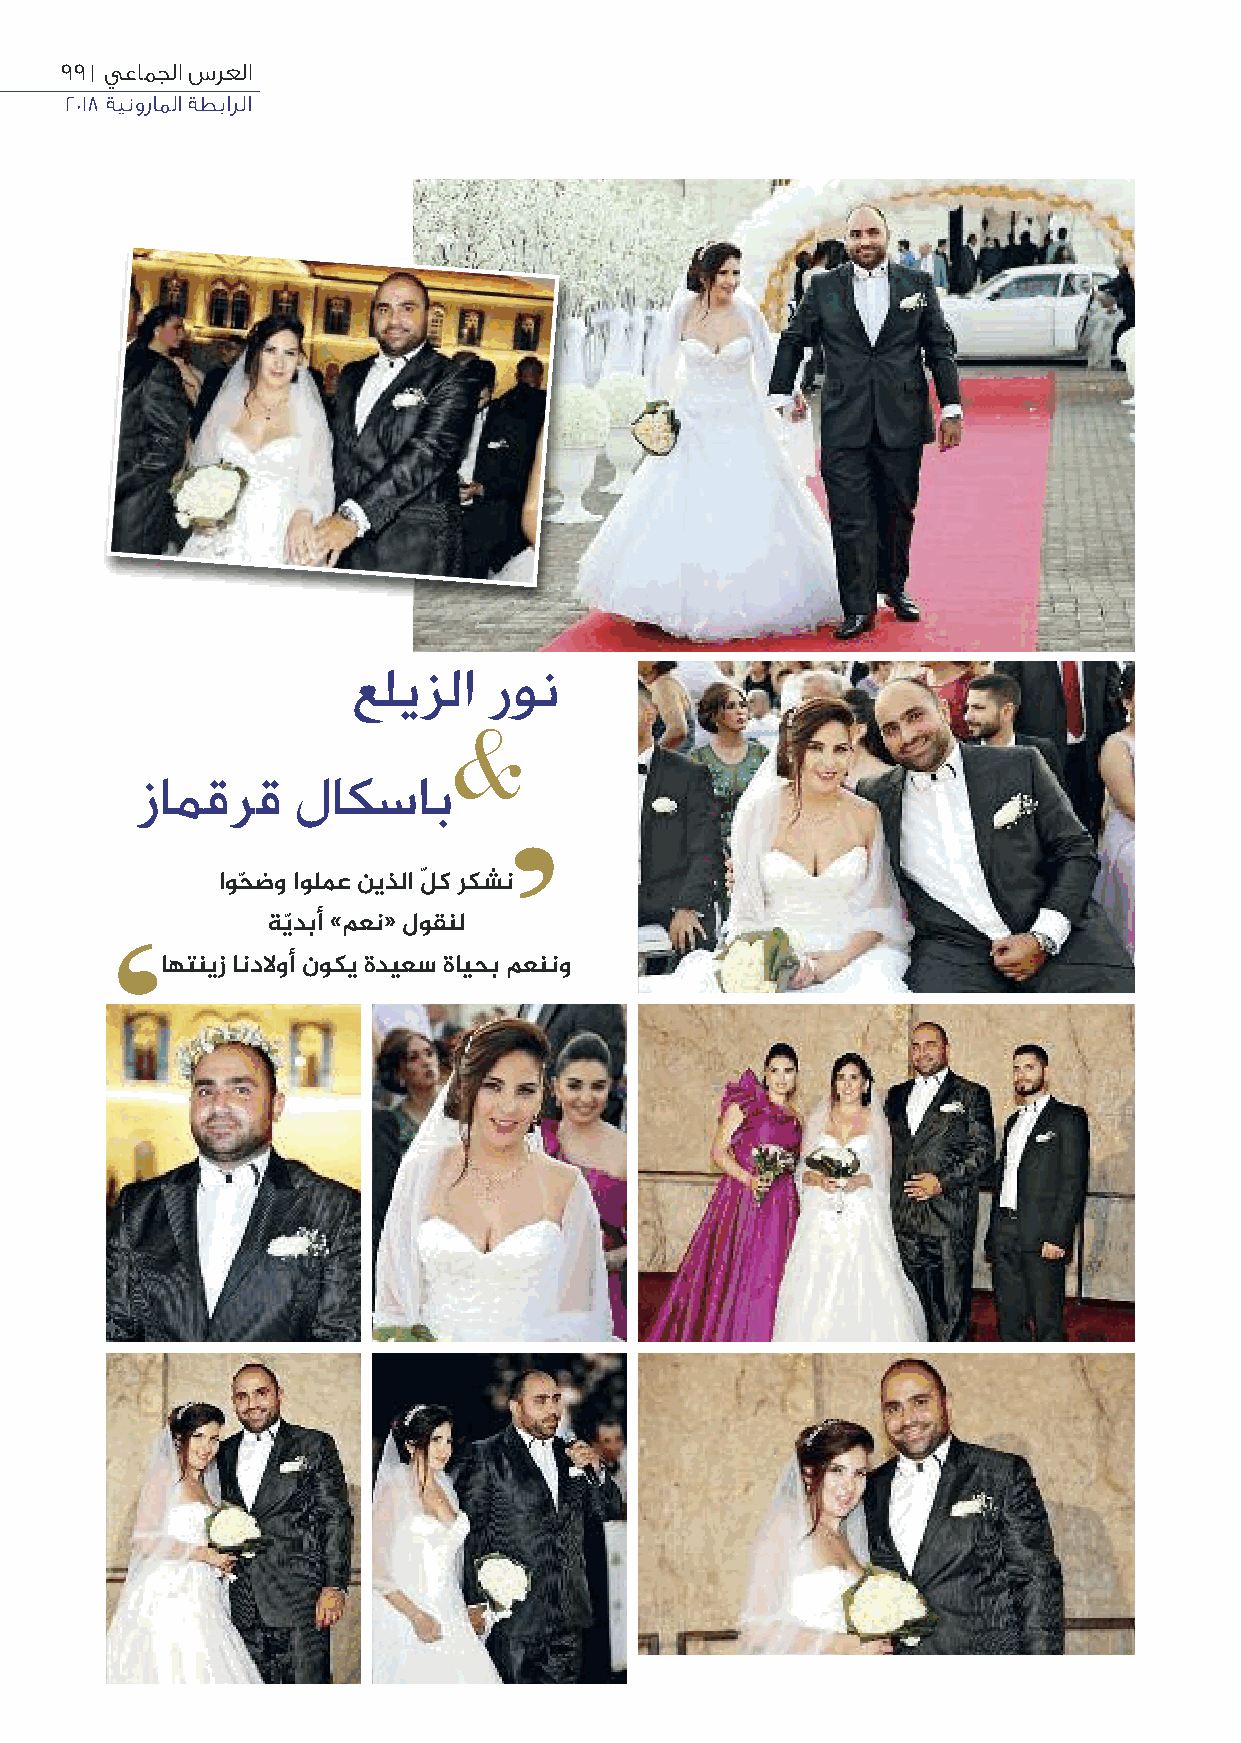
99 | يعامجلا سرعلا
 2018 ةينوراملا ةطبارلا
 عليزلا   رون
 &
 زامقرق     لاكساب
 ’
 اوحّ ضو اولمع نيذلا لّ ك ركشن
 ةيّدبأ »معن« لوقنل
 ‘
 اهتنيز اندﻻوأ نوكي ةديعس ةايحب معننو